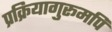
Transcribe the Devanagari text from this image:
प्रक्रियागुरूमपि